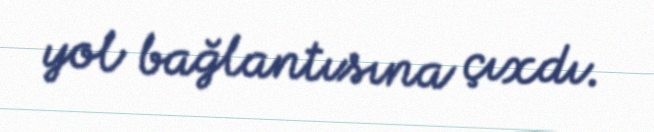
yol bağlantısına çıxdı.